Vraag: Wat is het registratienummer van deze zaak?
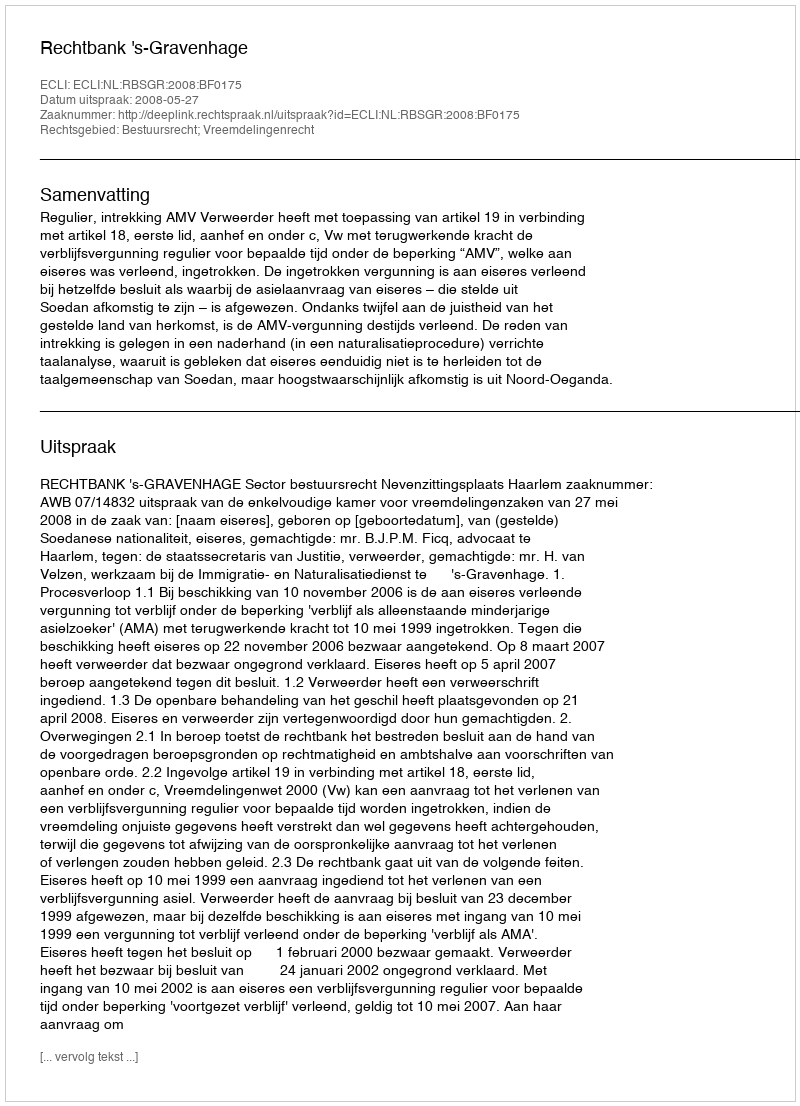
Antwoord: http://deeplink.rechtspraak.nl/uitspraak?id=ECLI:NL:RBSGR:2008:BF0175